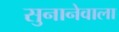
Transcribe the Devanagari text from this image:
सुनानेवाला